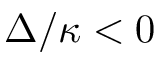
\Delta / \kappa < 0